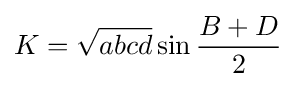
\displaystyle K={\sqrt {abcd}}\sin {\frac {B+D}{2}}